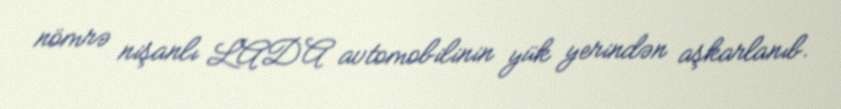
nömrə nişanlı LADA avtomobilinin yük yerindən aşkarlanıb.